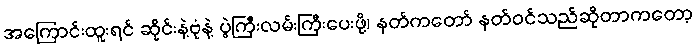
အကြောင်းထူးရင် ဆိုင်းနဲ့ဗုံနဲ့ ပွဲကြီးလမ်းကြီးပေးဖို့၊ နတ်ကတော် နတ်ဝင်သည်ဆိုတာကတော့